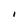
Character: I